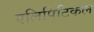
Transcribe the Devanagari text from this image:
एलिपिटिकल